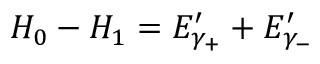
H _ { 0 } - H _ { 1 } = E _ { \gamma _ { + } } ^ { \prime } + E _ { \gamma _ { - } } ^ { \prime }